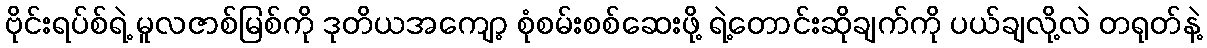
ဗိုင်းရပ်စ်ရဲ့ မူလဇာစ်မြစ်ကို ဒုတိယအကျော့ စုံစမ်းစစ်ဆေးဖို့ ရဲ့တောင်းဆိုချက်ကို ပယ်ချလို့လဲ တရုတ်နဲ့